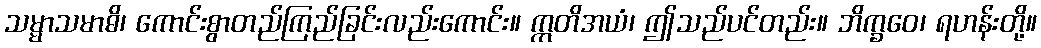
သမ္မာသမာဓိ၊ ကောင်းစွာတည်ကြည်ခြင်းလည်းကောင်း။ ဣတိအယံ၊ ဤသည်ပင်တည်း။ ဘိက္ခဝေ၊ ရဟန်းတို့။